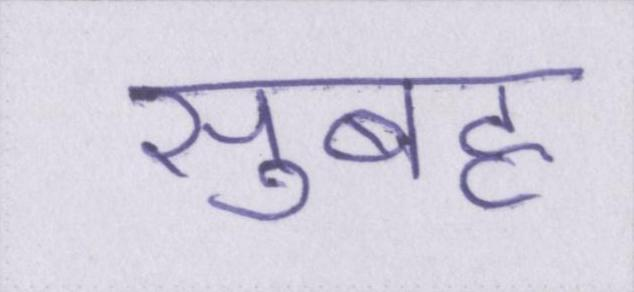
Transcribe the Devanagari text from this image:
सुबह